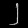
Digit: ၂